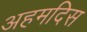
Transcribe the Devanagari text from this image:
अहमदिस